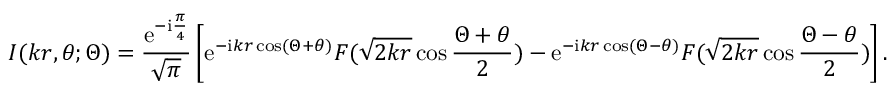
I ( k r , \theta ; \Theta ) = \frac { \mathrm { e } ^ { - \mathrm { i } \frac { \pi } { 4 } } } { \sqrt { \pi } } \left[ \mathrm { e } ^ { - \mathrm { i } k r \cos ( \Theta + \theta ) } F ( \sqrt { 2 k r } \cos \frac { \Theta + \theta } { 2 } ) - \mathrm { e } ^ { - \mathrm { i } k r \cos ( \Theta - \theta ) } F ( \sqrt { 2 k r } \cos \frac { \Theta - \theta } { 2 } ) \right] .